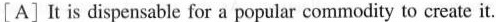
[A] It is dispensable for a popular commodity to create it.